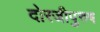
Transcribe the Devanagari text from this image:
दोरजीपुरुष